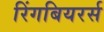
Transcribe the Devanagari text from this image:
रिंगबियरर्स